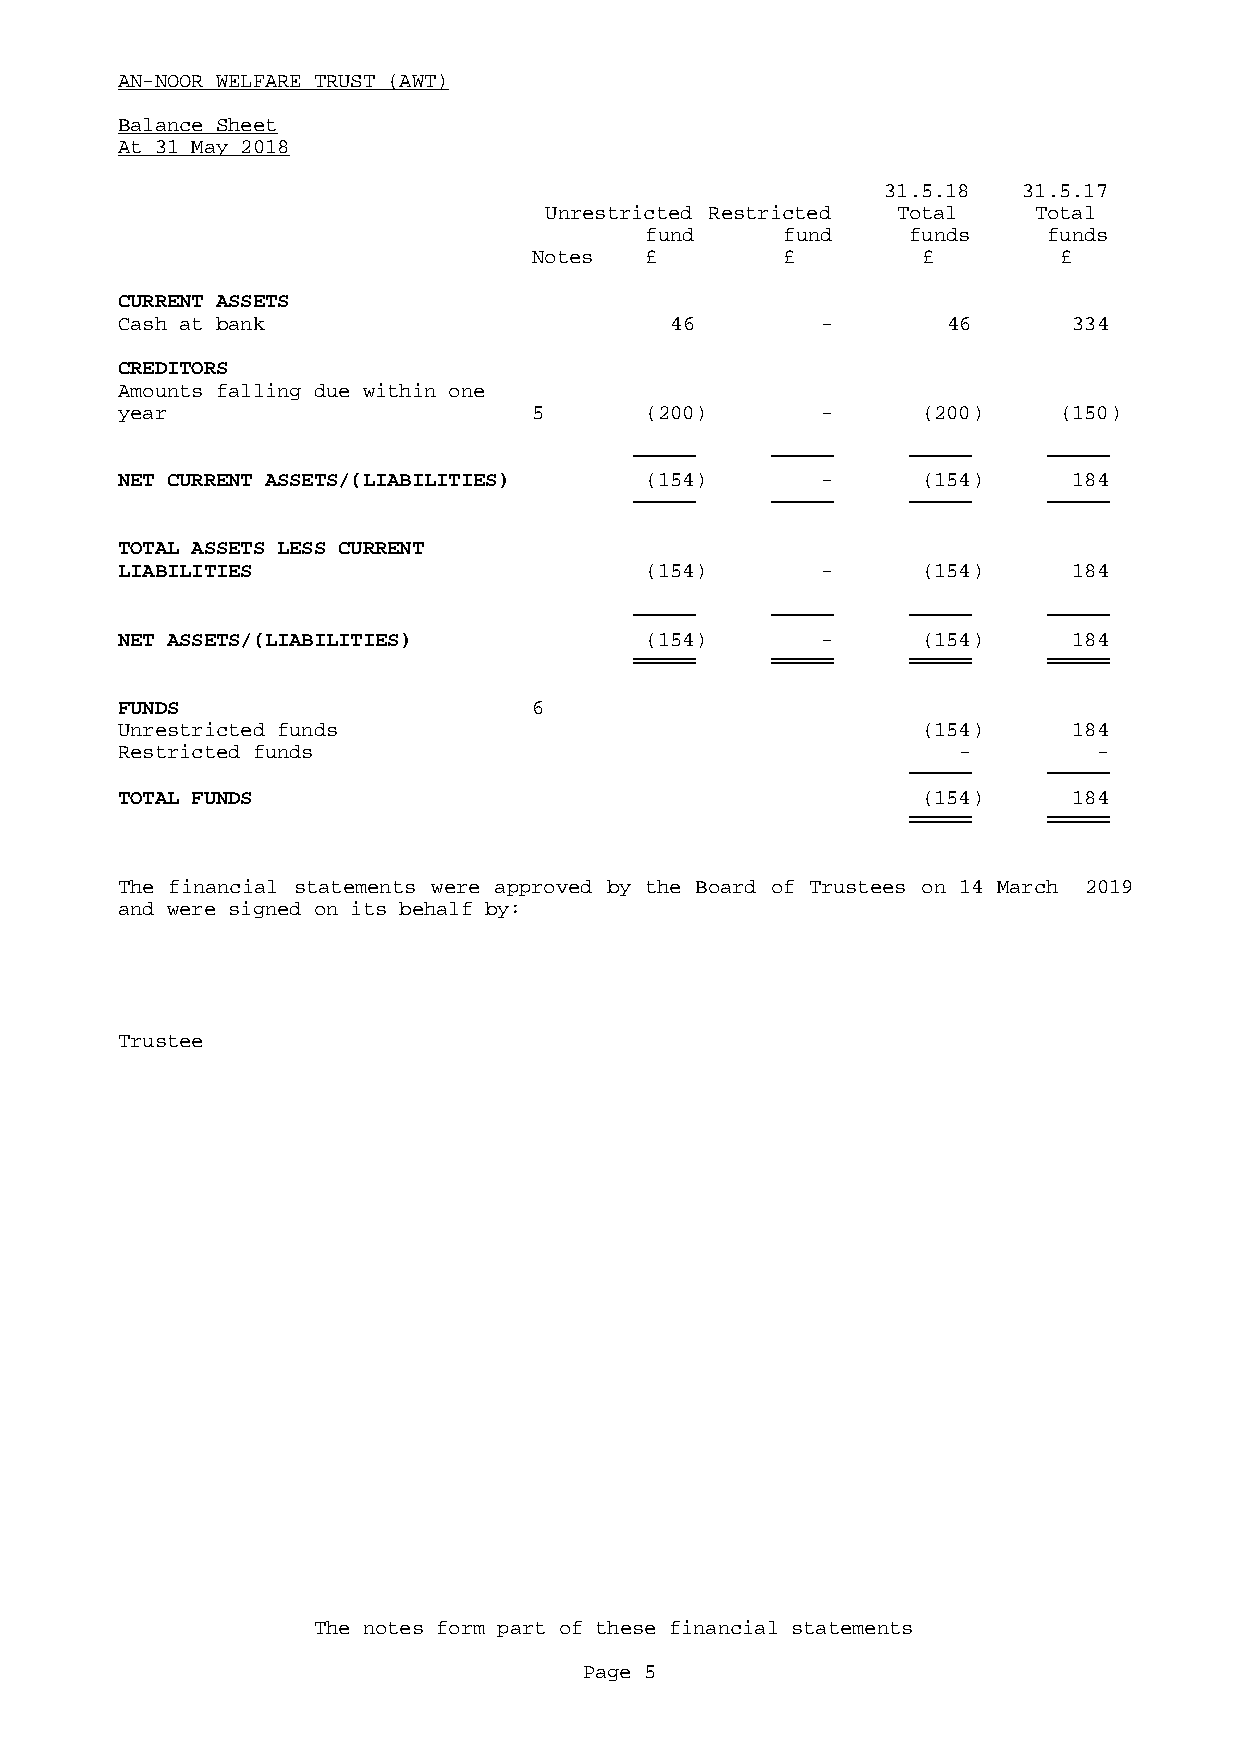
AN-NOOR WELFARE TRUST (AWT)
 Balance Sheet
 At 31 May 2018
 31.5.18  31.5.17
 Unrestricted Restricted Total   Total
 fund     fund    funds    funds
 Notes   £        £        £        £
 CURRENT ASSETS
 Cash at bank                        46        -        46      334
 CREDITORS
 Amounts falling due within one
 year                       5       (200)      -      (200)    (150)
 NET CURRENT ASSETS/(LIABILITIES)   (154)      -      (154)     184
 TOTAL ASSETS LESS CURRENT
 LIABILITIES                        (154)      -      (154)     184
 NET ASSETS/(LIABILITIES)           (154)      -      (154)     184
 FUNDS                      6
 Unrestricted funds                                   (154)     184
 Restricted funds                                       -         -
 TOTAL FUNDS                                          (154)     184
 The financial statements were approved by the Board of Trustees on 14 March 2019
 and were signed on its behalf by:
 Trustee
 The notes form part of these financial statements
 Page 5